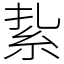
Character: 紥